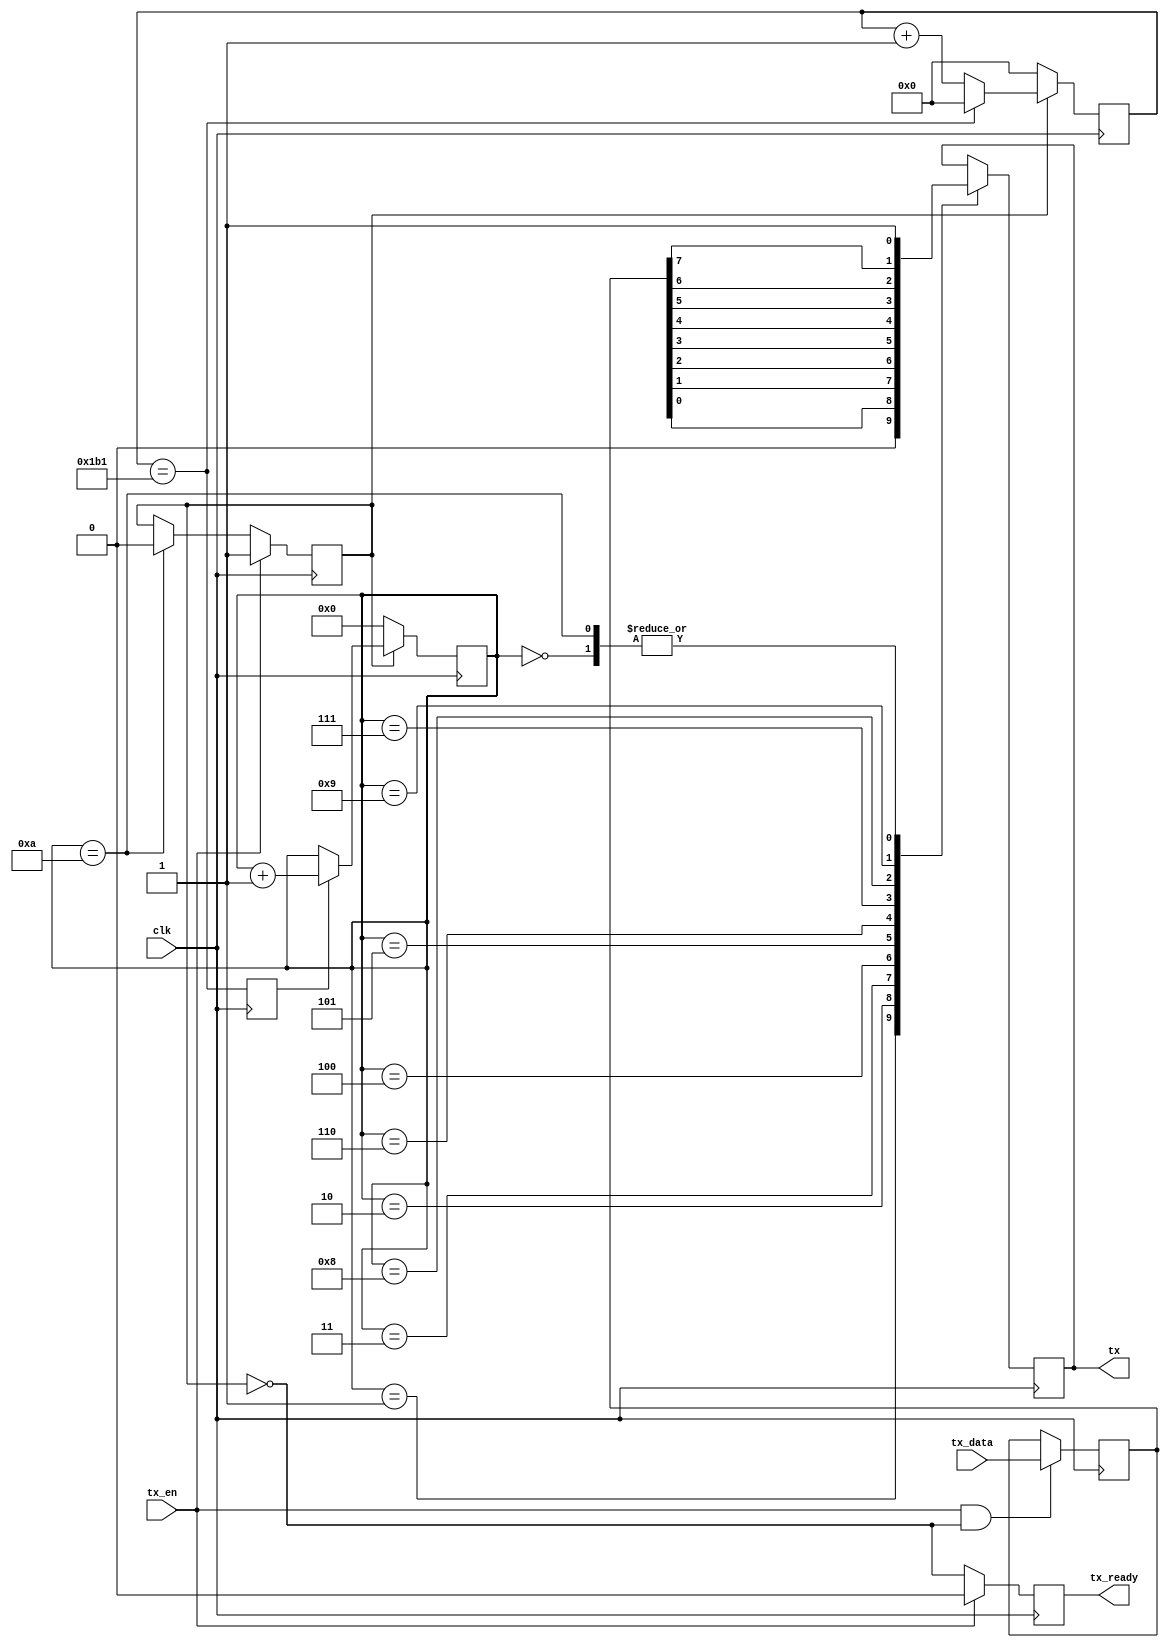
/*************************************************************************
* 
* 2019/06/10
* uart_tx.v 1bit,8bit,2bit.
* xqandwn@sina.com
**************************************************************************/

module uart_tx
#(
	parameter BAUDRATE = 115200,
	parameter CLK_RATE = 50000000
)
(
    input	wire		clk,
	
	// uart
    output  reg			tx,
	
	// data
    input	wire		tx_en,
    input	wire [7:0]	tx_data,
	output	reg			tx_ready
);

reg start;
reg clk_en;
reg [3:0] cnt;
reg [7:0] data;
reg [31:0] clk_cnt;


// 
always@(posedge clk)
begin
	if(!start)
		clk_cnt <= 0;
	else if(clk_cnt == CLK_RATE / BAUDRATE - 1)
		clk_cnt <= 0;
	else
		clk_cnt <= clk_cnt + 1;
end

// 
always@(posedge clk)
begin
	clk_en <= (clk_cnt == CLK_RATE / BAUDRATE - 1);
end

// 
always@(posedge clk)
begin
    if(tx_en) // 
        start <= 1;
    else if(cnt == 10) // 
        start <= 0;
end

// 
always@(posedge clk)
begin
	if(tx_en && !start)
		data <= tx_data;
end

// 
always@(posedge clk)
begin
    if(!start)
		cnt <= 0;
	else if(clk_en)
        cnt <= cnt + 1;
end

// 
always@(posedge clk)
begin
    case(cnt)
		0: tx <= 1'b1;    // ().
        1: tx <= 1'b0;    // 
        2: tx <= data[0]; // 1
        3: tx <= data[1]; // 2
        4: tx <= data[2]; // 3
        5: tx <= data[3]; // 4
        6: tx <= data[4]; // 5
        7: tx <= data[5]; // 6
        8: tx <= data[6]; // 7
        9: tx <= data[7]; // 8
        10:tx <= 1'b1;    // 
    endcase
end

// 
always@(posedge clk)
begin
	if(tx_en)
		tx_ready <= 0;
	else
		tx_ready <= !start;
end

endmodule